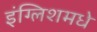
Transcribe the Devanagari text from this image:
इंग्लिशमधे